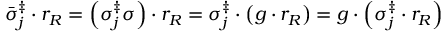
\bar { \sigma } _ { j } ^ { \ddag } \cdot r _ { R } = \left( \sigma _ { j } ^ { \ddag } \sigma \right) \cdot r _ { R } = \sigma _ { j } ^ { \ddag } \cdot \left( g \cdot r _ { R } \right) = g \cdot \left( \sigma _ { j } ^ { \ddag } \cdot r _ { R } \right)